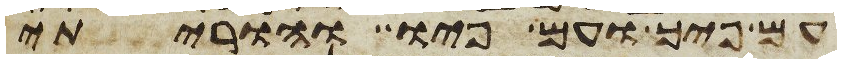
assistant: עם פיך ועם פיו והוריתי